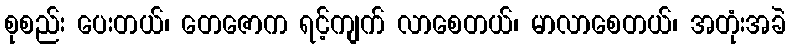
စုစည်း ပေးတယ်၊ တေဇောက ရင့်ကျက် လာစေတယ်၊ မာလာစေတယ်၊ အတုံးအခဲ